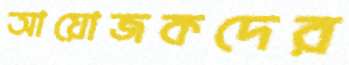
আয়োজকদের